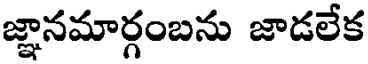
జ్ఞానమార్గంబను జాడలేక